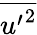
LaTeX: \overline{{{u^{\prime}}^{2}}}